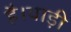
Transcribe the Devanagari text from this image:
है।थाड़ी